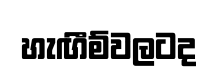
හැඟීම්වලටද